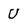
Character: U